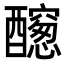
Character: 𨣭